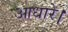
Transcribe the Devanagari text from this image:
आधारे।